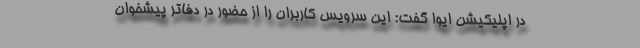
در اپلیکیشن ایوا گفت: این سرویس کاربران را از حضور در دفاتر پیشخوان